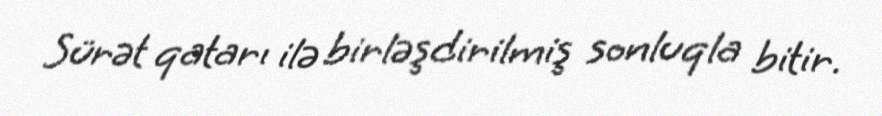
Sürət qatarı ilə birləşdirilmiş sonluqla bitir.